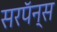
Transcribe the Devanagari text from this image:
सरपॅन्स